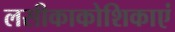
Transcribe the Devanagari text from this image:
लसीकाकोशिकाएं